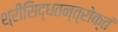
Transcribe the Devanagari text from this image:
श्रीसिद्धतन्त्रोक्तं